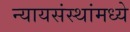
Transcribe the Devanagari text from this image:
न्यायसंस्थांमध्ये